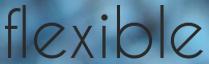
flexible